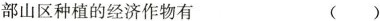
部山区种植的经济作物有 ()